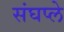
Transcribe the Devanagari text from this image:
संघप्ले